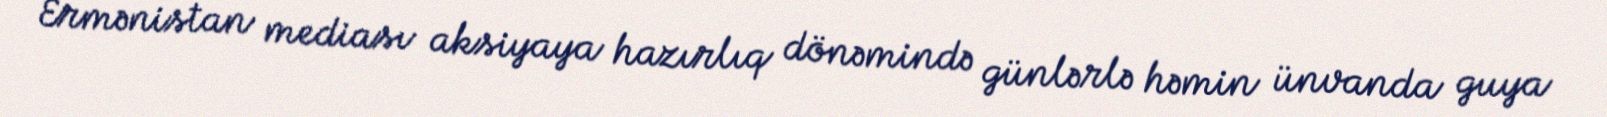
Ermənistan mediası aksiyaya hazırlıq dönəmində günlərlə həmin ünvanda guya